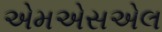
એમએસએલ